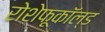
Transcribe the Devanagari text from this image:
रोशेफूकॉल्ड